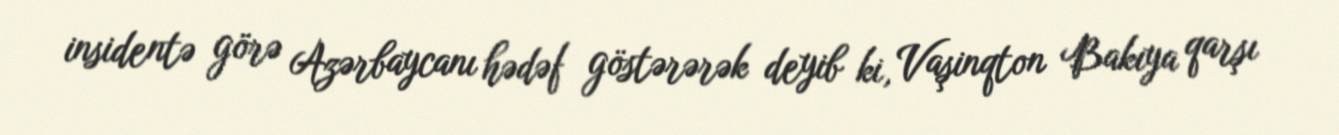
insidentə görə Azərbaycanı hədəf göstərərək deyib ki, Vaşinqton Bakıya qarşı